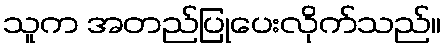
သူက အတည်ပြုပေးလိုက်သည်။